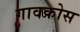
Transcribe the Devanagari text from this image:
गावकोस